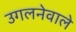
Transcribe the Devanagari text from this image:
उगलनेवाले